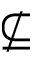
\nsubseteq